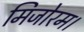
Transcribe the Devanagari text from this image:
मिजोरम।